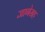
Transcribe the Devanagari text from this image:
जागेसह